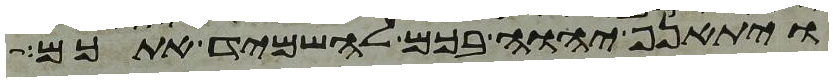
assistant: ויתאנף יהוה בכם להשמיד אתכם